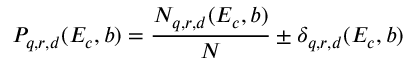
P _ { q , r , d } ( E _ { c } , b ) = \frac { N _ { q , r , d } ( E _ { c } , b ) } { N } \pm \delta _ { q , r , d } ( E _ { c } , b )